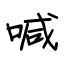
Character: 喊